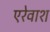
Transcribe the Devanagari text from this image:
एरेवाश